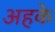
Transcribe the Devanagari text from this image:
अहके